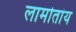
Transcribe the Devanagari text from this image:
लामोतांय